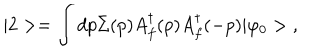
LaTeX: | 2 > = \int d p \Sigma ( p ) A _ { f } ^ { \dagger } ( p ) A _ { f } ^ { \dagger } ( - p ) | \varphi _ { 0 } > \; ,